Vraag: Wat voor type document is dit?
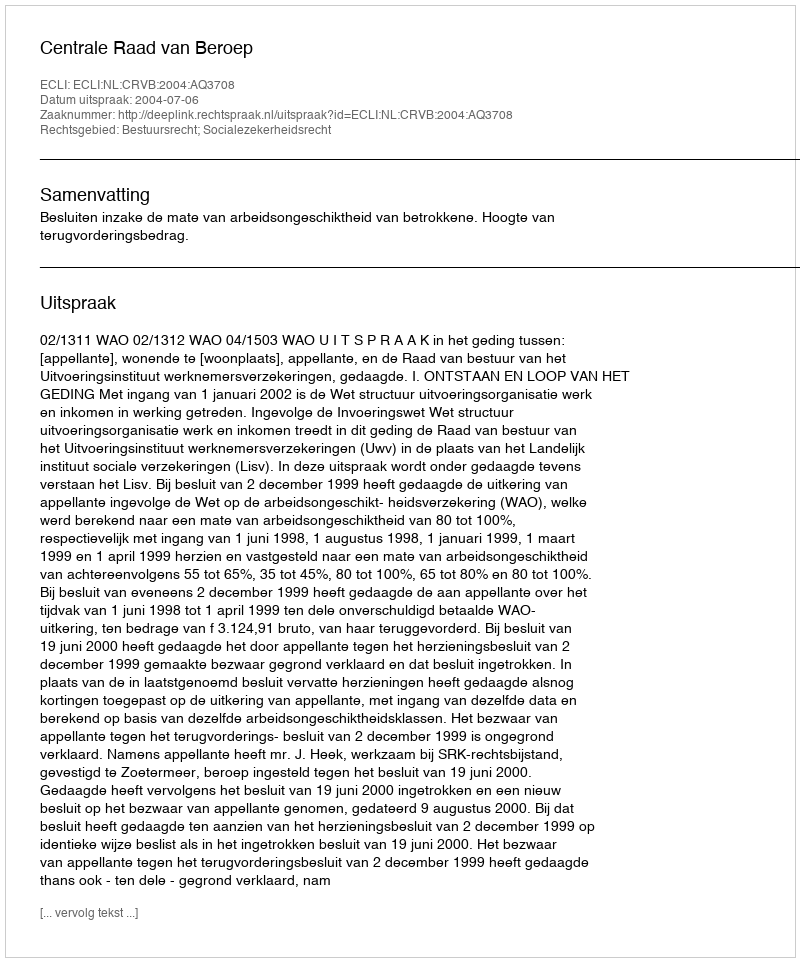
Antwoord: Uitspraak